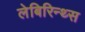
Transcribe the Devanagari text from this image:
लेबिरिन्थ्स